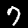
Label: 7